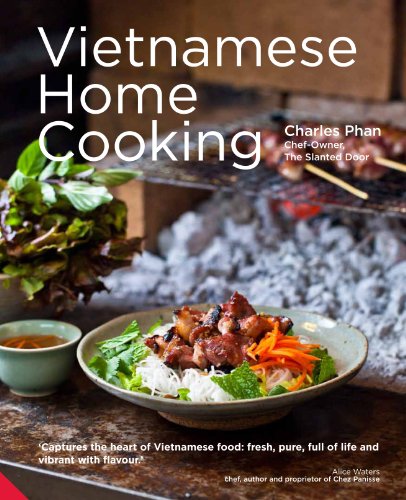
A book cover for Vietnamese Home Cooking; Charles Phan; Cookbooks, Food & Wine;